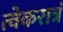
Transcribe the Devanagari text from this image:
त्वेकरात्रं